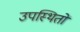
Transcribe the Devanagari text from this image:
उपस्थितों